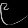
Digit: ၉